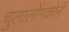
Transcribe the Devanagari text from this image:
चुलालोंगकोर्न